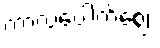
ကာလပေါက်ဈေး